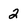
Character: 2